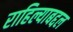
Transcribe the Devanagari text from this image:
राहिल्याबद्दल